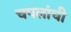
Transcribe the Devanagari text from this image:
चपलांची